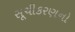
સૂચીકરણનો